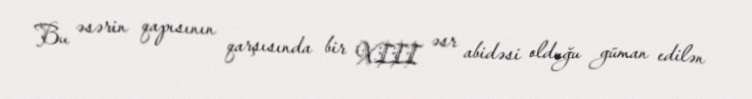
Bu əsərin qapısının qarşısında bir XIII əsr abidəsi olduğu güman edilən